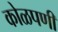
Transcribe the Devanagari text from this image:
कोळपणी